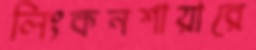
লিংকনশায়ারে